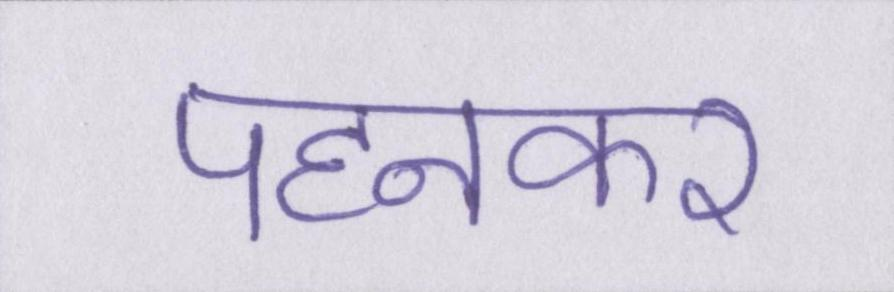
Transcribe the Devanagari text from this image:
पहनकर